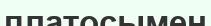
платосымен